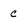
Character: c